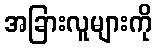
အခြားလူများကို